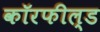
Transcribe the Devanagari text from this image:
कॉरफील्ड